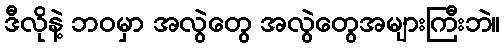
ဒီလိုနဲ့ ဘဝမှာ အလွဲတွေ အလွဲတွေအများကြီးဘဲ။